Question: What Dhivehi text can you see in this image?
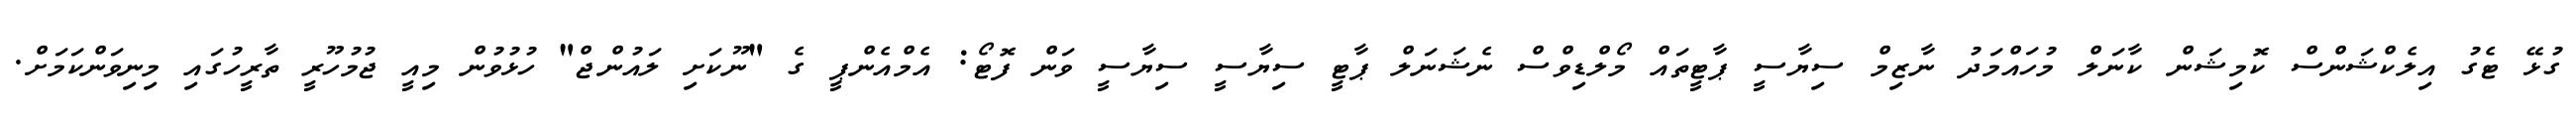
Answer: ގުޅޭ ޓެގު އިލެކްޝަންސް ކޮމިޝަން ކާނަލް މުހައްމަދު ނާޒިމް ސިޔާސީ ޕާޓީތައް މޯލްޑިވްސް ނެޝަނަލް ޕާޓީ ސިޔާސީ ސިޔާސީ ވަން ފޮޓޯ: އެމްއެންޕީ ގެ "ނޫކަށި ލައުންޖް" ހުޅުވުން މިއީ ޖުމުހޫރީ ތާރީހުގައި މިނިވަންކަމަށް.